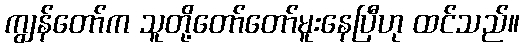
ကျွန်တော်က သူတို့တော်တော်မူးနေပြီဟု ထင်သည်။